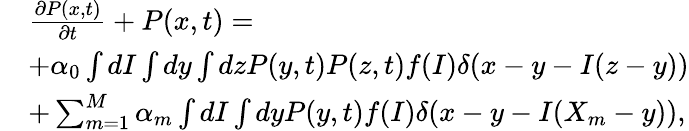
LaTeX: \begin{array}{rl}&{\frac{\partial P(x,t)}{\partial t}+P(x,t)=}\\ &{+\alpha_{0}\int dI\int dy\int dzP(y,t)P(z,t)f(I)\delta(x-y-I(z-y))}\\ &{+\sum_{m=1}^{M}\alpha_{m}\int dI\int dyP(y,t)f(I)\delta(x-y-I(X_{m}-y)),}\end{array}